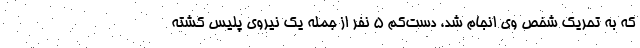
که به تحریک شخص وی انجام شد، دست‌کم 5 نفر از جمله یک نیروی پلیس کشته